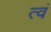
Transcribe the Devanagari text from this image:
त्वं